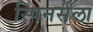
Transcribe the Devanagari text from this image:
स्पिनर्सला